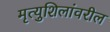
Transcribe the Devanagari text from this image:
मृत्युशिलांवरील